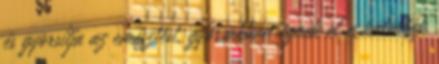
és gyorsítja az emésztést, gyorsabban égnek el a kalóriák